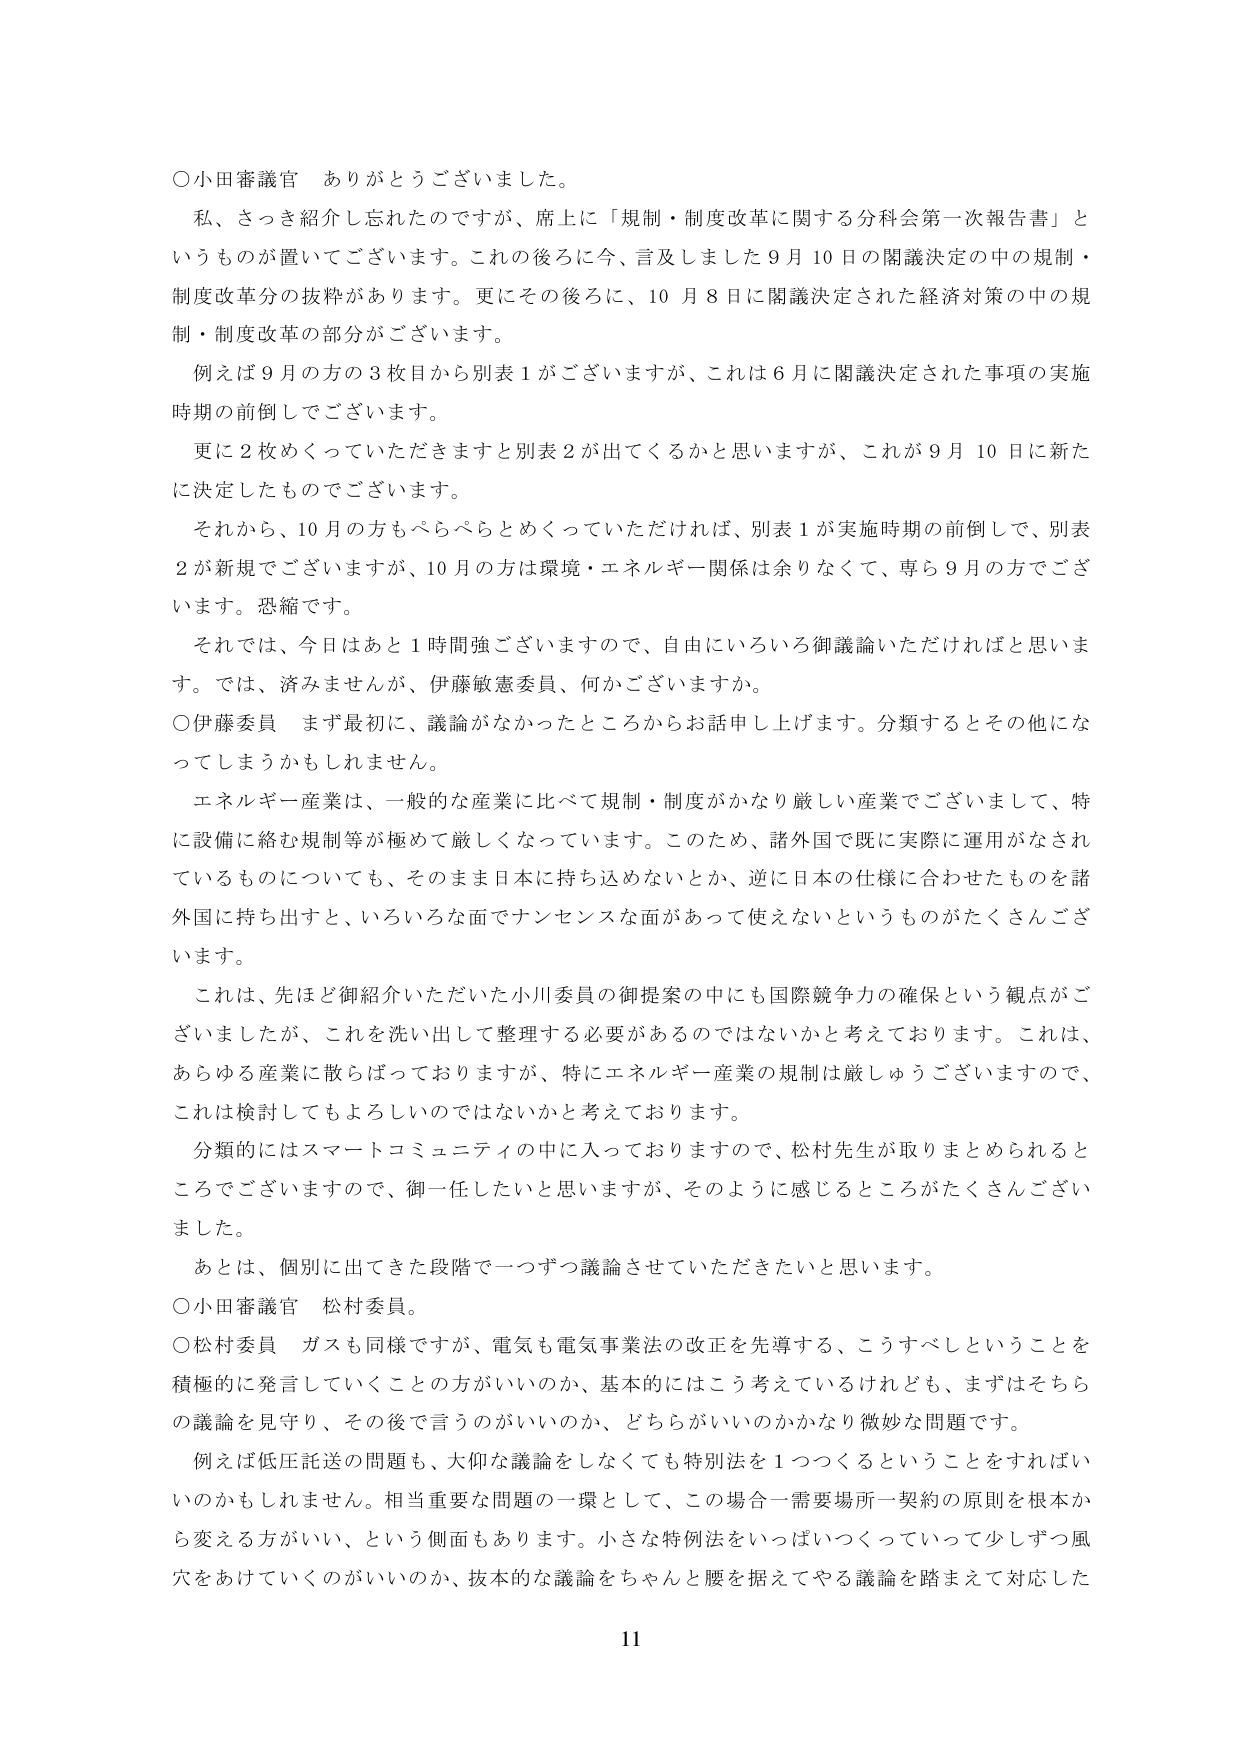
○小田審議官　ありがとうございました。

私、さっき紹介し忘れたのですが、席上に「規制・制度改革に関する分科会第一次報告書」というものが置いてございます。これの後ろに今、言及しました９月10日の閣議決定の中の規制・制度改革分の抜粋があります。更にその後ろに、10月8日に閣議決定された経済対策の中の規制・制度改革の部分がございます。

例えば９月の方の３枚目から別表１がございますが、これは６月に閣議決定された事項の実施時期の前倒しでございます。

更に２枚めくっていただきますと別表２が出てくるかと思いますが、これが９月10日に新たに決定したものでございます。

それから、10月の方もぺらぺらとめくっていただければ、別表１が実施時期の前倒しで、別表２が新規でございますが、10月の方は環境・エネルギー関係は余りなくて、専ら９月の方でございます。恐縮です。

それでは、今日はあと１時間強ございますので、自由にいろいろ御議論いただければと思います。では、済みませんが、伊藤敏憲委員、何かございますか。

○伊藤委員　まず最初に、議論がなかったところからお話申し上げます。分類するとその他になってしまうかもしれません。

エネルギー産業は、一般的な産業に比べて規制・制度がかなり厳しい産業でございまして、特に設備に絡む規制等が極めて厳しくなっています。このため、諸外国で既に実際に運用がなされているものについても、そのまま日本に持ち込めないとか、逆に日本の仕様に合わせたものを諸外国に持ち出すと、いろいろな面でナンセンスな面があって使えないというものがたくさんございます。

これは、先ほど御紹介いただいた小川委員の御提案の中にも国際競争力の確保という観点がございましたが、これを洗い出して整理する必要があるのではないかと考えております。これは、あらゆる産業に散らばっておりますが、特にエネルギー産業の規制は厳しゅうございますので、これは検討してもよろしいのではないかと考えております。

分類的にはスマートコミュニティの中に入っておりますので、松村先生が取りまとめられるところでございますので、御一任したいと思いますが、そのように感じるところがたくさんございました。

あとは、個別に出てきた段階で一つずつ議論させていただきたいと思います。

○小田審議官　松村委員。

○松村委員　ガスも同様ですが、電気も電気事業法の改正を先導する、こうすべしということを積極的に発言していくことの方がいいのか、基本的にはこう考えているけれども、まずはそちらの議論を見守り、その後で言うのがいいのか、どちらがいいのかかなり微妙な問題です。

例えば低圧託送の問題も、大仰な議論をしなくても特別法を１つつくるということをすればいいのかもしれません。相当重要な問題の一環として、この場合一需要場所一契約の原則を根本から変える方がいい、という側面もあります。小さな特例法をいっぱいつくっていって少しずつ風穴をあけていくのがいいのか、抜本的な議論をちゃんと腰を据えてやる議論を踏まえて対応した

11